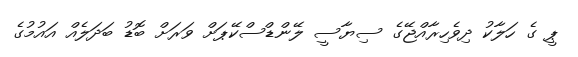
ޕީ ގެ ހަލާކު ދިވެހިރާއްޖޭގެ ސިޔާސީ ލޭންޑްސްކޭޕަށް ވަރަށް ބޮޑު ބަދަލެއް އައުމުގެ